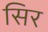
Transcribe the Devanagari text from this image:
सिर